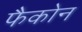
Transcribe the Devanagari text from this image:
फैकोन